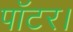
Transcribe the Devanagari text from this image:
पॉटर।